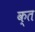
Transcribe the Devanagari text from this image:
क्‍त